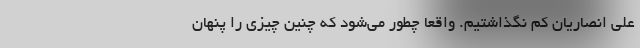
علی انصاریان کم نگذاشتیم. واقعا چطور می‌شود که چنین چیزی را پنهان